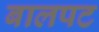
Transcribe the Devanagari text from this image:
बालपट